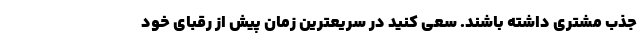
جذب مشتری داشته باشند. سعی کنید در سریعترین زمان پیش از رقبای خود